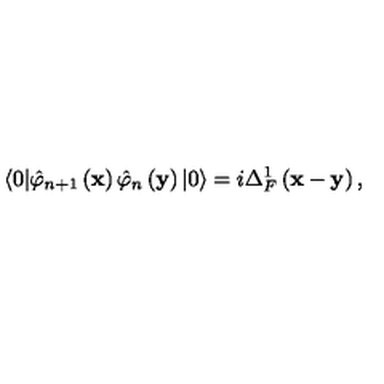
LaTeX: \langle 0 | \hat { \varphi } _ { n + 1 } \left( \mathbf { x } \right) \hat { \varphi } _ { n } \left( \mathbf { y } \right) | 0 \rangle = i \Delta _ { F } ^ { 1 } \left( \mathbf { x - y } \right) ,